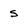
Character: s